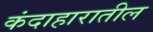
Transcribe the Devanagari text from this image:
कंदाहारातील